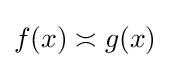
f(x)\asymp g(x)